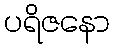
ပရိဇနော